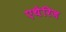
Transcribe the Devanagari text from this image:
एथेरिज